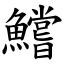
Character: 鱨